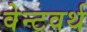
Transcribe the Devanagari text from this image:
वेन्टवर्थ